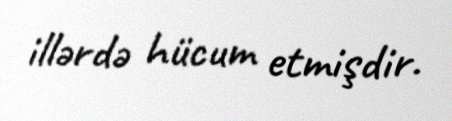
illərdə hücum etmişdir.